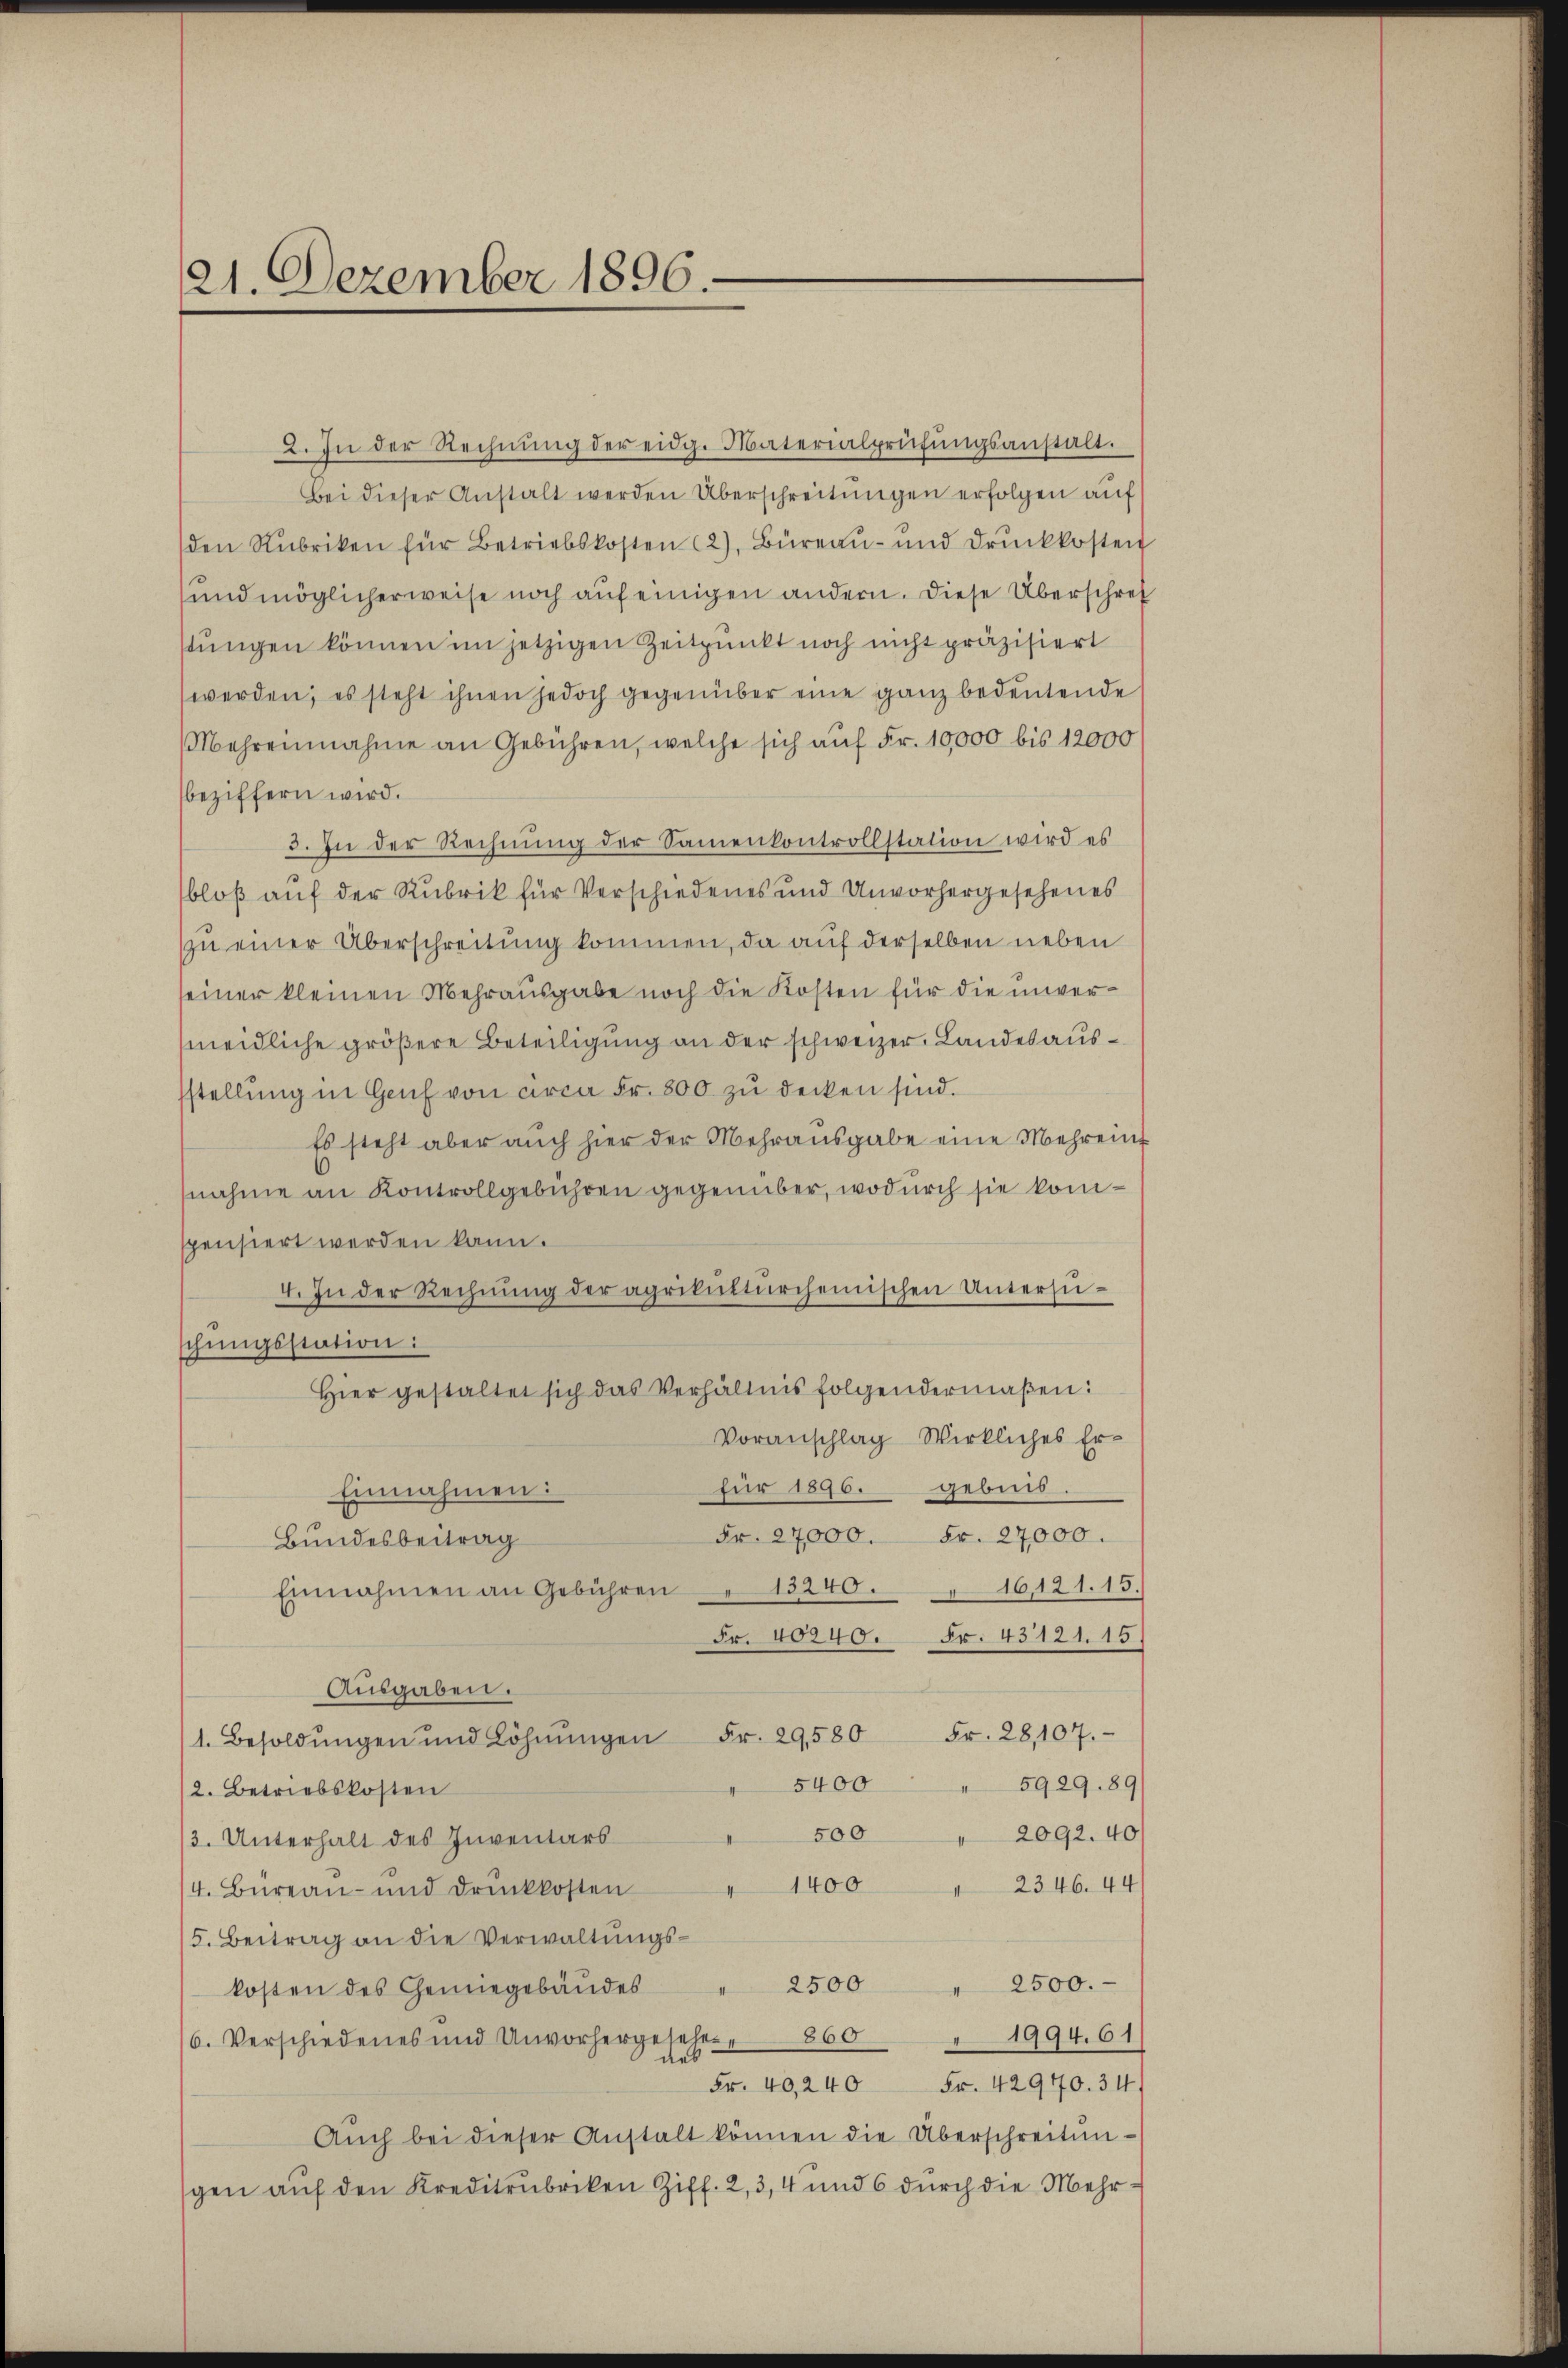
21. Dezember 1896.

2. In der Rechnŭng der eidg. Materialprüfŭngsanstalt.
Bei dieser Anstalt werden Überschreitungen erfolgen auf
den Rubriken für Betriebskosten (2), Büreaŭ- und drŭckkosten
und möglicherweise noch auf einigen andern. Diese Überschrei
stungen können im jetzigen Zeitpunkt noch nicht präzisiert
werden; es steht ihnen jedoch gegenüber eine ganz bedeŭtende
Mehreinnahme an Gebühren, welche sich auf Fr. 10,000 bis 12000
beziffern wird.
3. In der Rechnung der Samenkontrollstation wird es
bloß auf der Rubrik für Verschiedenes und Unvorhergesehenes
zŭ einer Überschreitung kommen, da auf derselben neben
seiner kleinen Mehrausgabe noch die Kosten für die unvermeidliche größere Beteiligung an der schweizer, Landesausstellŭng in Genf von circa Fr. 800 zŭ decken sind.
Es steht aber auch hier der Mehrausgabe eine Mehrein
nahme an Kontrollgebühren gegenüber, wodurch sie komspensiert werden kann.
4. In der Rechnŭng der agrikŭltürchenischen Untersuschungsstation:
Hier gestaltet sich das Verhältnis folgendermaßen:
Voranschlag Wirkliches Erfür 1890. gebild
Einnahmen:
Fr. 27000. Fr. 27000.
Bundesbeitrag
Einnahmen an Gebühren 13240. 16121. 15.
Fr. 40240. Fr. 43121. 15.
Ausgaben.
1. Besoldŭngen und Löhnŭngen Fr. 29580 Fr. 28,107.
5929. 89
5400
2. Betriebskosten
500
 2092. 40
/3. Unterhalt des Inventars
I
2346. 44
4. Büreau- und drŭckkosten " 1400
5. Beitrag an die Verwaltungs¬
2500 " 2500.
kosten des Gemiegebäudes
6. Verschiedenes und Unvorhergesehere 860 " 1994. 61
Fr. 40,240 Fr. 42940. 34
Aŭch bei dieser Anstalt können die Überschreitungen auf den Kreditrubriken Ziff. 2, 3, 4 und 6 durch die Mehr¬